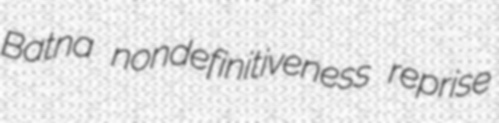
Batna nondefinitiveness reprise